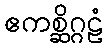
ဧကစ္ဆိဂ္ဂဠံ